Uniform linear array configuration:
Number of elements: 16
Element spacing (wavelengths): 0.5
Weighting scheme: cosine
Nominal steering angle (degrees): -15
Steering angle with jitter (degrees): -14.56
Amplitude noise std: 0.05
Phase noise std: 0.05

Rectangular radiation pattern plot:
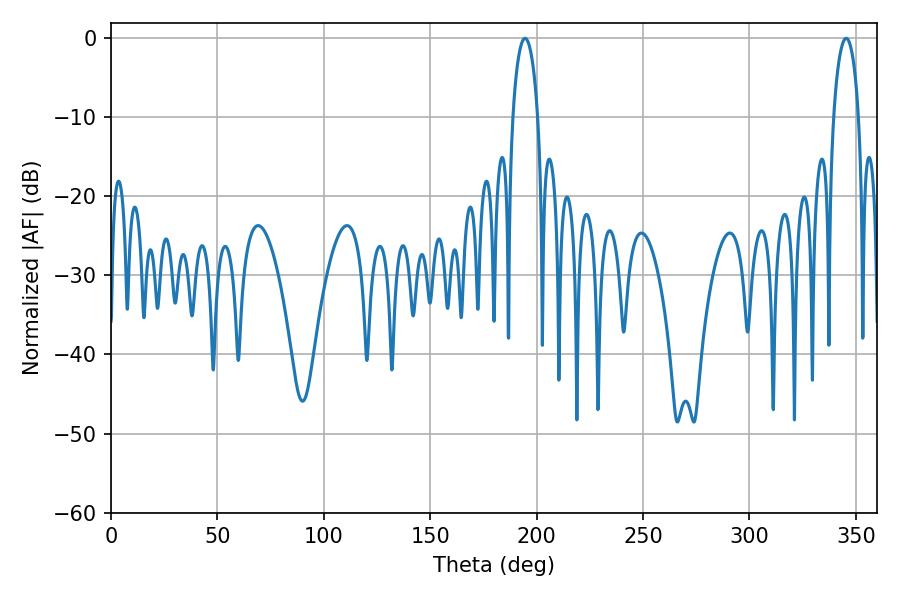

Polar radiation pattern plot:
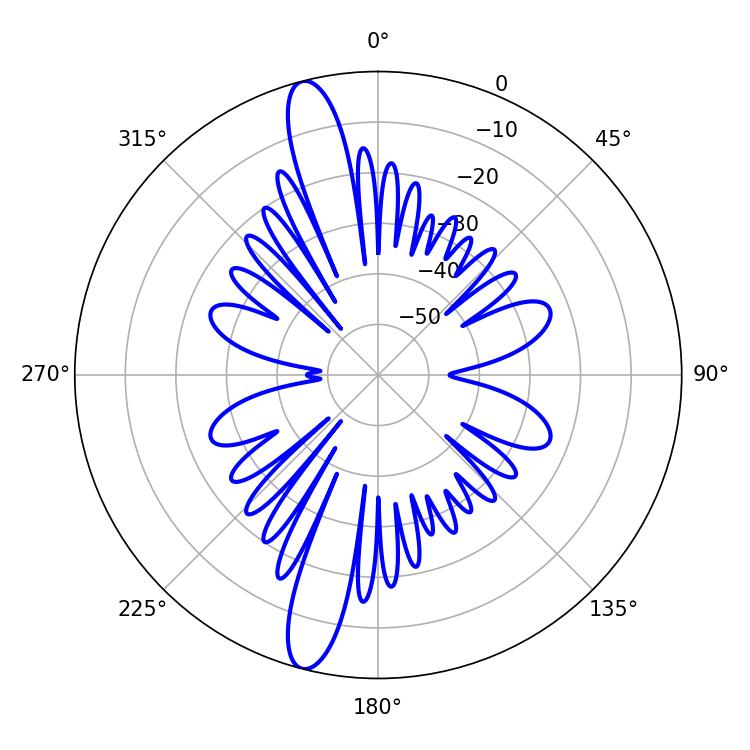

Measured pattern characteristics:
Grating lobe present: FALSE
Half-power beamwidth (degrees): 6.84
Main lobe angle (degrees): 194.58